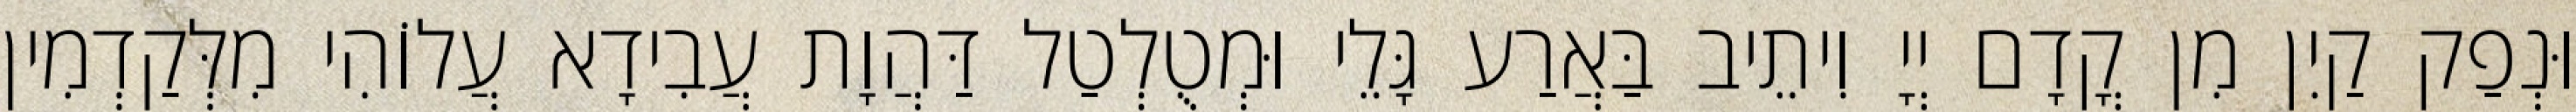
וּנְפַק קַיִן מִן קֳדָם יְיָ וִיתֵיב בַּאֲרַע גָּלֵי וּמְטֻלְטַל דַּהֲוָת עֲבִידָא עֲלוֹהִי מִלְּקַדְמִין